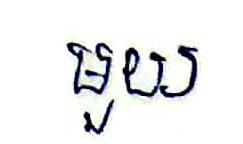
មួយ